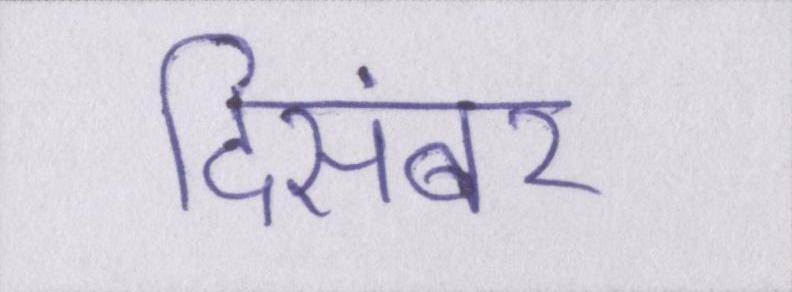
दिसंबर